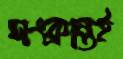
সংক্রান্তই